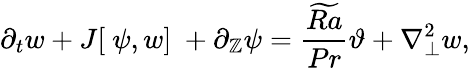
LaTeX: {\partial_{t}}w+J[\ \psi,w]\ +{\partial_{\mathbb{Z}}}\psi=\frac{{\widetilde{{Ra}}}}{{Pr}}\vartheta+\nabla_{\perp}^{2}w,